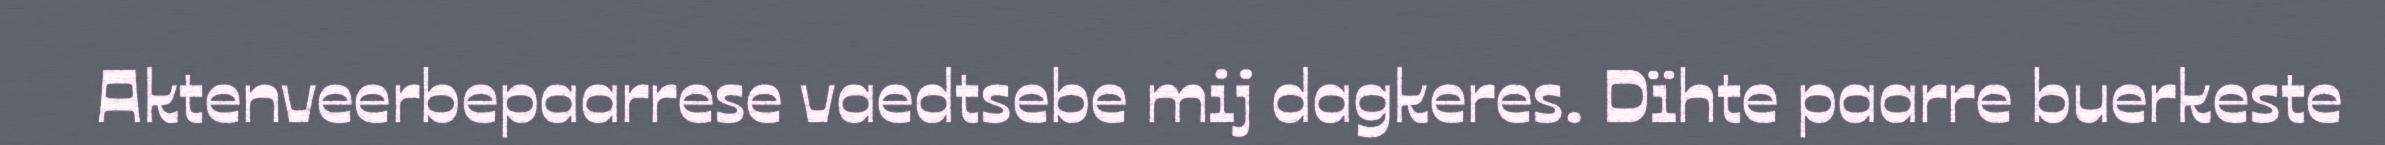
Aktenveerbepaarrese vaedtsebe mij dagkeres. Dïhte paarre buerkeste